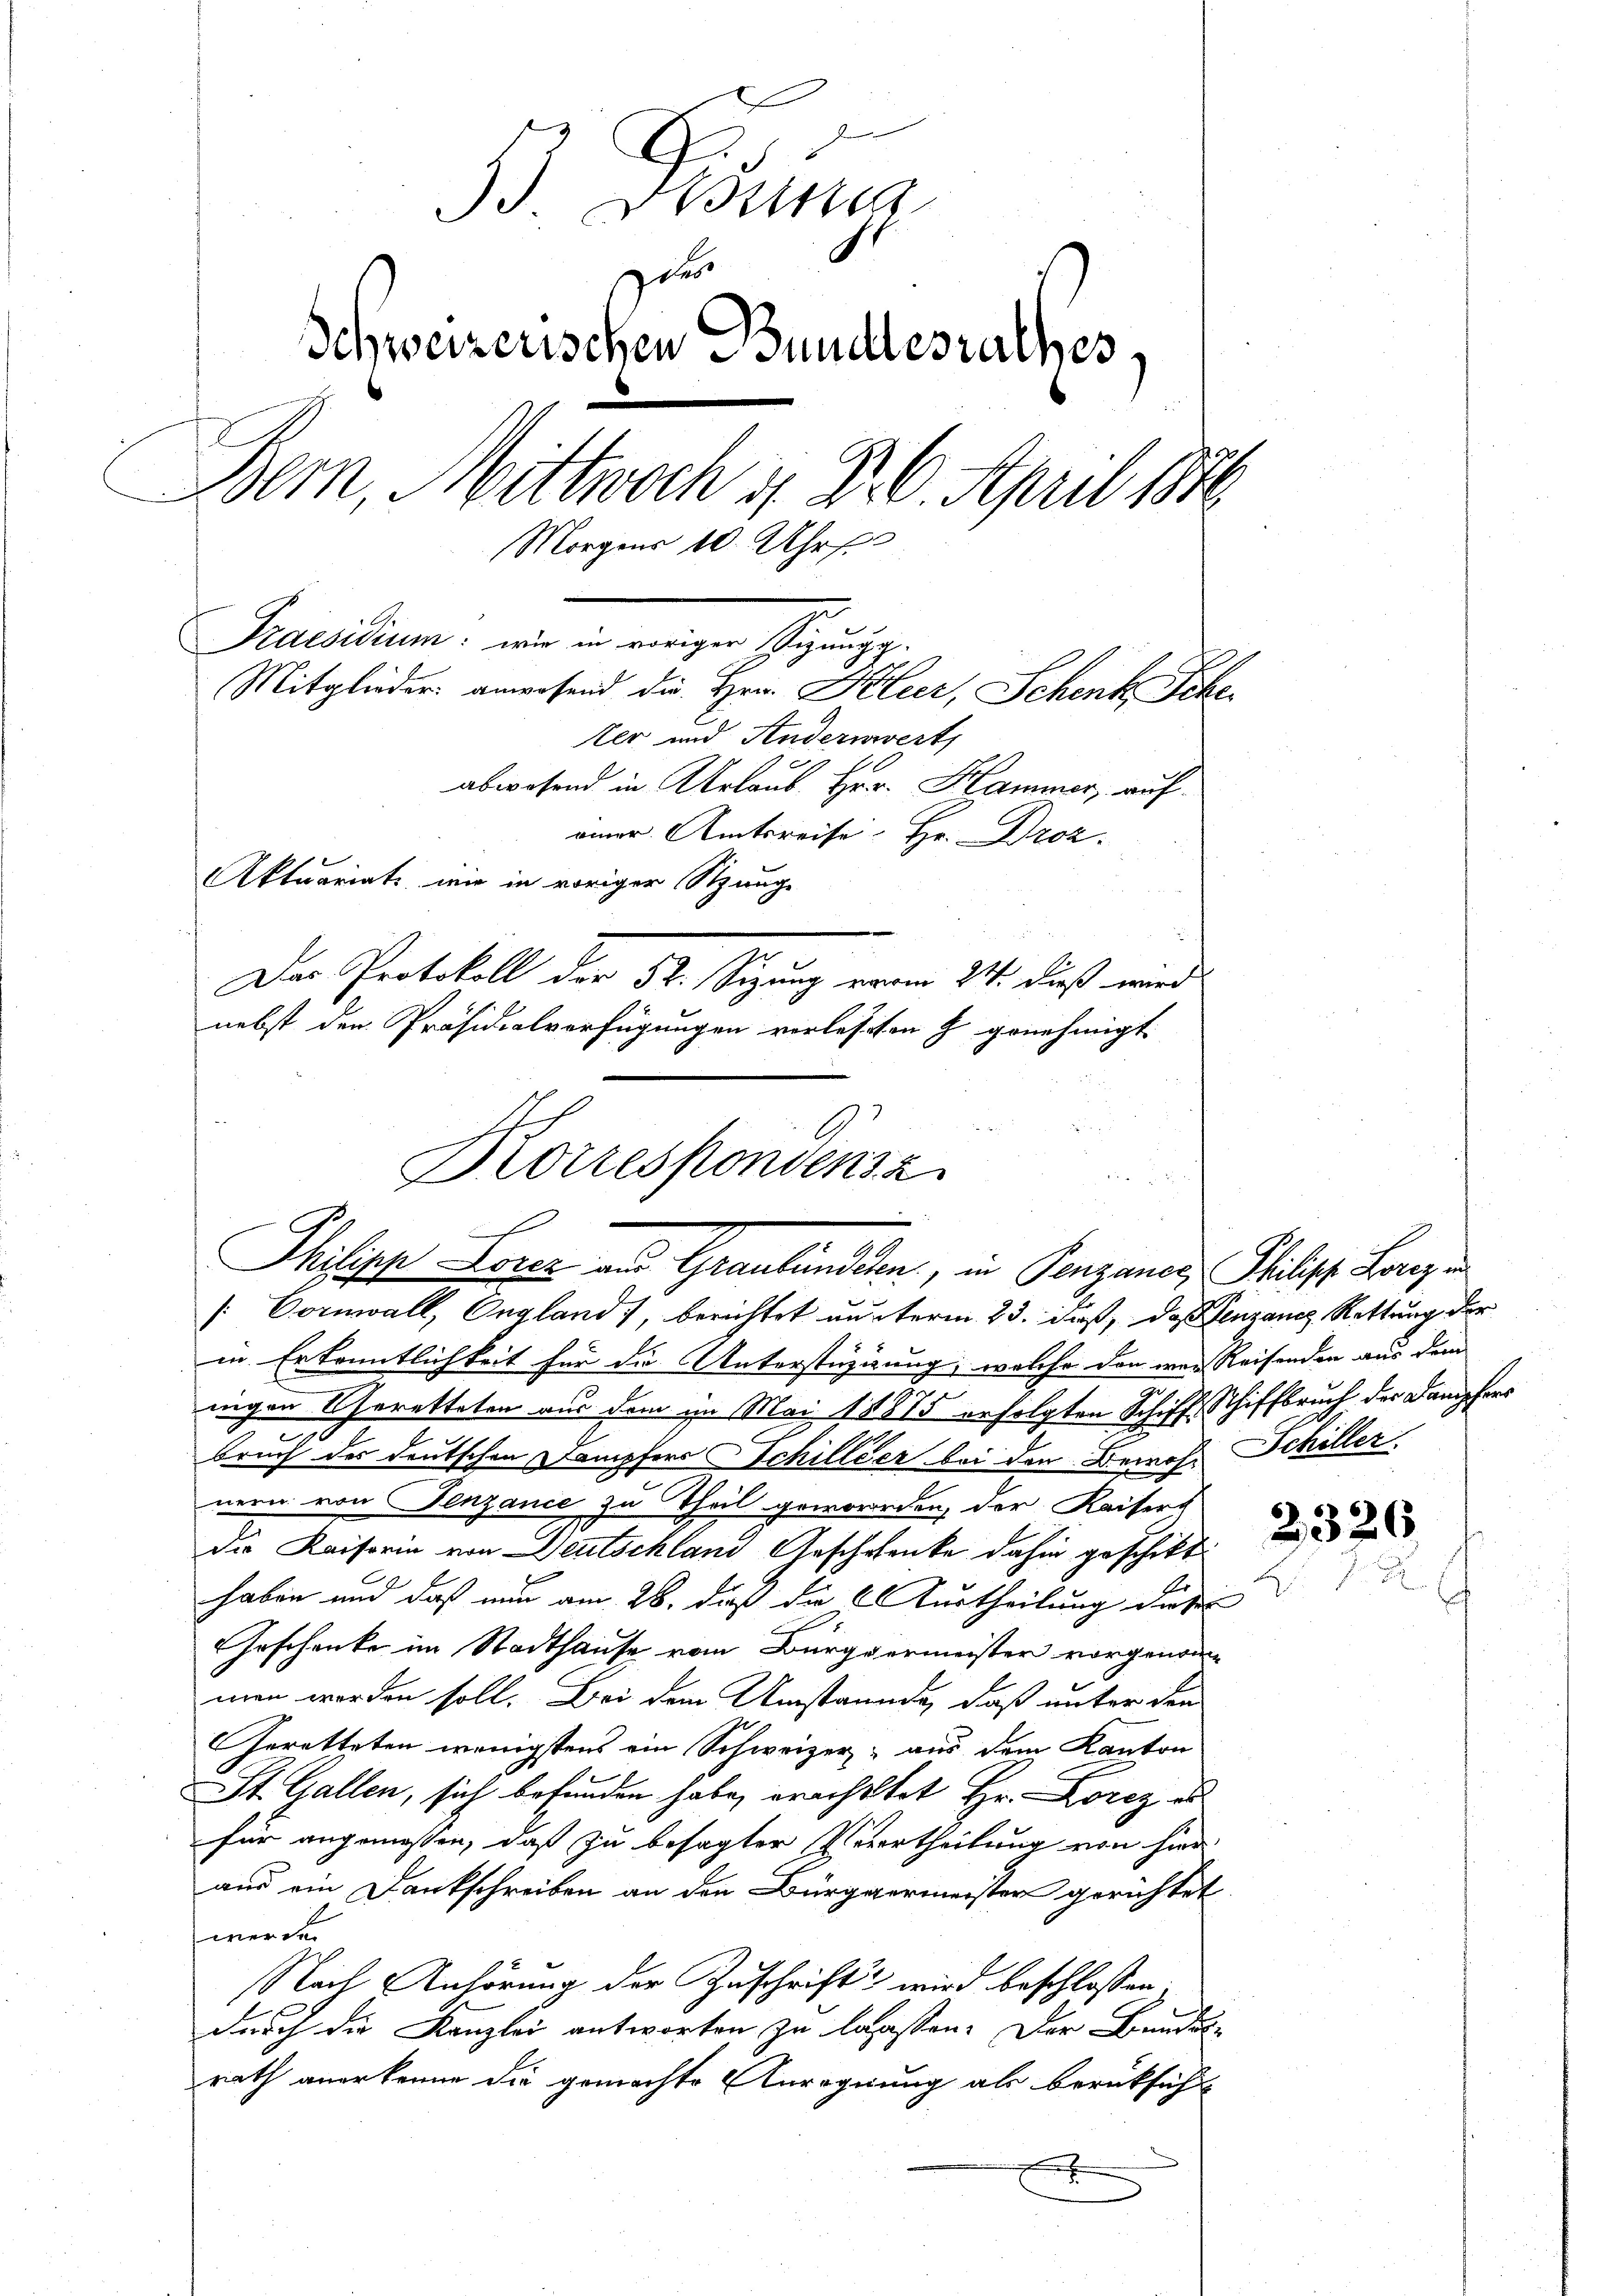
B. Neuen
gder
Schweizerischen Bundesrathes,
Bern, Mittwoch 4. B. 6. April 1876.
Morgens 10 Uhr
Praesiden, und in einigen Gesuche
Mitglieder anwesend die Hrr. Klier, Schenk Scheter und Anderwert
abwesend in Urlaub. Hr. Hammer, aufeiner Amtsreise Hr. Droz.
Aktuariats wir in voriger Stunge
Der Protokoll der 52. Seizung von 211. dieß wird
nebst den Präsidialverfügungen vorlesten Z. genehmigt.

Borrespondensz
Philische Loren aus Graubünden, in Penzaner Philist Lanz i
[Cornwall, England), berichtet unterm 23. daß, daß senzanc Rettung der

in Erkenntlichkeit für die Unterstüzigung, welche den war Reisenden aus dem
nigen Charetteten aus dem im Mai 1875 erfolgten Schiff, Schiffbruch der Dampfers
bruch der deutschen Dampfers Schillier bei den Bemohr Schiller
nern von Fenzance zu Theil geworden, der Kaisers
die Kaisorin von Deutschland Geschwenke dahin geschickt:
haben und daß nun am 26. daß die urtheilung diesen
Geschenke im Stadthause vom Bürgermeister vorgenommen worden soll. Bei dem Umstände, daß unter den
Geretteten wenigstens ein Schweizer, aus dem Kanton
St. Gallen, sich befunden habe, prachtet Hr. Lorez es
für angemessen, daß zu besagter Verurtheilung von hier
aus ein Dankschreiben an den Bürgermeister gerichtet
werde.
Nach Anhörung der Zuschrift wird beschlossen:
durch die Kanzlei antworten zu lassen. Der Bundes-
rath anerkenne die gemachte Anrognung als berüksicht
x

2326